Report on vaccination in Madras 1877-1894 - 1877-1894
Year: 1877
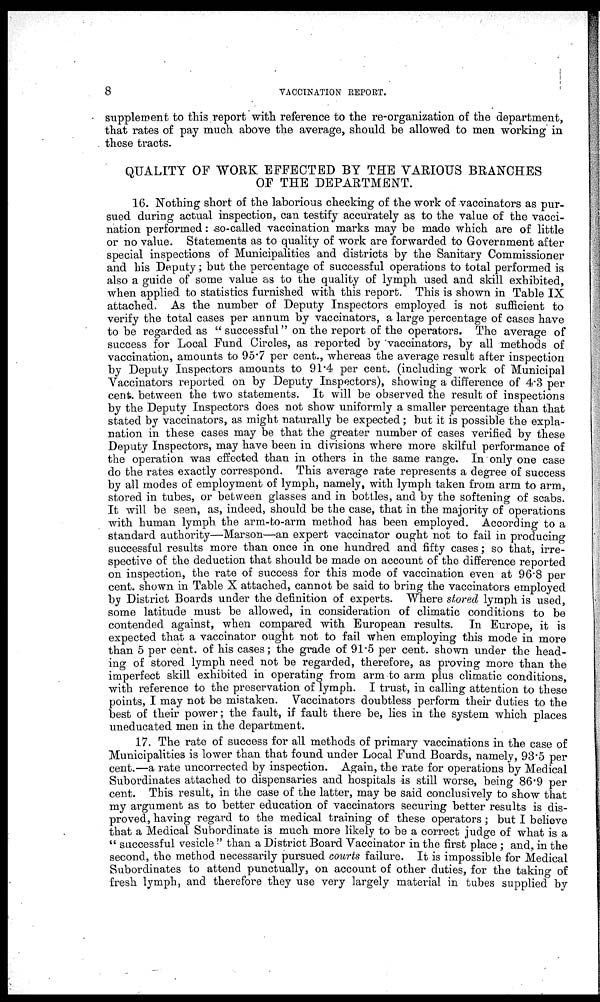
8
VACCINATION REPORT.
supplement to this report with reference to the re-organization of the department,
that rates of pay much above the average, should be allowed to men working in
these tracts.
QUALITY OF WORK EFFECTED BY THE VARIOUS BRANCHES
OF THE DEPARTMENT.
16. Nothing short of the laborious checking of the work of vaccinators as pur-
sued during actual inspection, can testify accurately as to the value of the vacci-
nation performed: so-called vaccination marks may be made which are of little
or no value. Statements as to quality of work are forwarded to Government after
special inspections of Municipalities and districts by the Sanitary Commissioner
and his Deputy; but the percentage of successful operations to total performed is
also a guide of some value as to the quality of lymph used and skill exhibited,
when applied to statistics furnished with this report. This is shown in Table IX
attached. As the number of Deputy Inspectors employed is not sufficient to
verify the total cases per annum by vaccinators, a large percentage of cases have
to be regarded as " successful" on the report of the operators. The average of
success for Local Fund Circles, as reported by vaccinators, by all methods of
vaccination, amounts to 95.7 per cent., whereas the average result after inspection
by Deputy Inspectors amounts to 91.4 per cent. (including work of Municipal
Vaccinators reported on by Deputy Inspectors), showing a difference of 4.3 per
cent. between the two statements. It will be observed the result of inspections
by the Deputy Inspectors does not show uniformly a smaller percentage than that
stated by vaccinators, as might naturally be expected; but it is possible the expla-
nation in these cases may be that the greater number of cases verified by these
Deputy Inspectors, may have been in divisions where more skilful performance of
the operation was effected than in others in the same range. In only one case
do the rates exactly correspond. This average rate represents a degree of success
by all modes of employment of lymph, namely, with lymph taken from arm to arm,
stored in tubes, or between glasses and in bottles, and by the softening of scabs.
It will be seen, as, indeed, should be the case, that in the majority of operations
with human lymph the arm-to-arm method has been employed. According to a
standard authority—Marson—an expert vaccinator ought not to fail in producing
successful results more than once in one hundred and fifty cases; so that, irre-
spective of the deduction that should be made on account of the difference reported
on inspection, the rate of success for this mode of vaccination even at 96.8 per
cent. shown in Table X attached, cannot be said to bring the vaccinators employed
by District Boards under the definition of experts. Where stored lymph is used,
some latitude must be allowed, in consideration of climatic conditions to be
contended against, when compared with European results. In Europe, it is
expected that a vaccinator ought not to fail when employing this mode in more
than 5 per cent. of his cases; the grade of 91.5 per cent. shown under the head-
ing of stored lymph need not be regarded, therefore, as proving more than the
imperfect skill exhibited in operating from arm to arm plus climatic conditions,
with reference to the preservation of lymph. I trust, in calling attention to these
points, I may not be mistaken. Vaccinators doubtless perform their duties to the
best of their power; the fault, if fault there be, lies in the system which places
uneducated men in the department.
17. The rate of success for all methods of primary vaccinations in the case of
Municipalities is lower than that found under Local Fund Boards, namely, 93.5 per
cent.—a rate uncorrected by inspection. Again, the rate for operations by Medical
Subordinates attached to dispensaries and hospitals is still worse, being 86.9 per
cent. This result, in the case of the latter, may be said conclusively to show that
my argument as to better education of vaccinators securing better results is dis-
proved, having regard to the medical training of these operators; but I believe
that a Medical Subordinate is much more likely to be a correct judge of what is a
" successful vesicle " than a District Board Vaccinator in the first place; and, in the
second, the method necessarily pursued courts failure. It is impossible for Medical
Subordinates to attend punctually, on account of other duties, for the taking of
fresh lymph, and therefore they use very largely material in tubes supplied by